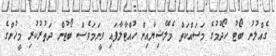
ގެއްލުނު ބޯޓު ހޯދުމުގެ މަސައްކަތް މެލޭޝިޔާއިން ހުއްޓާލާފައި ވީނަމަވެސް ބޯޓުން ދަތުރުކުރި މީހުންގެ